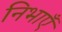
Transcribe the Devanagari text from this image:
निभाएँ